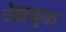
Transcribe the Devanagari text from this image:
चेकबुक